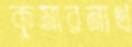
কুমারনাথ